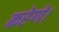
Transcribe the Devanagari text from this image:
करेग्गे।